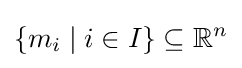
\{m_{i}\mid i\in I\}\subseteq \mathbb {R} ^{n}